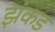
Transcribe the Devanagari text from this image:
झंकड